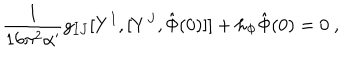
\frac { 1 } { 1 6 \pi ^ { 2 } \alpha ^ { \prime } } g _ { I J } [ Y ^ { I } , [ Y ^ { J } , \hat { \Phi } ( 0 ) ] ] + h _ { \Phi } \hat { \Phi } ( 0 ) = 0 \ ,